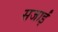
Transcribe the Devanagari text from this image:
सजाईं